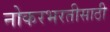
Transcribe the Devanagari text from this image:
नोकरभरतीसाठी